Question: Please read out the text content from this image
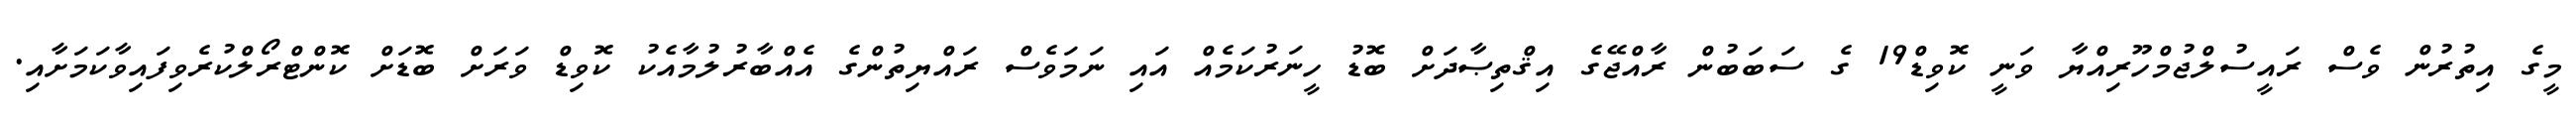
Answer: މީގެ އިތުރުން ވެސް ރައީސުލްޖުމްހޫރިއްޔާ ވަނީ ކޮވިޑް19 ގެ ސަބަބުން ރާއްޖޭގެ އިޤްތިޞާދަށް ބޮޑު ހީނަރުކަމެއް އައި ނަމަވެސް ރައްޔިތުންގެ އެއްބާރުލުމާއެކު ކޮވިޑް ވަރަށް ބޮޑަށް ކޮންޓްރޯލްކުރެވިފައިވާކަމަށާއި.